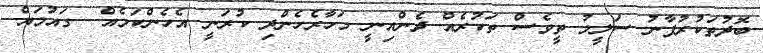
ބޮދުތަކުރުފާނު ސަލީމު ތީވެސް ތަކުރެއް ދެންއިނީ މަހާރެހެންދި ކުރަނީ އެހެންކަމެއް  ގައުމައް